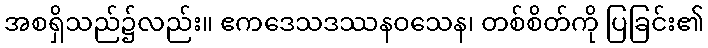
အစရှိသည်၌လည်း။ ဧကဒေသဒဿနဝသေန၊ တစ်စိတ်ကို ပြခြင်း၏